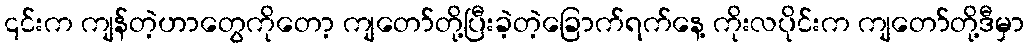
၎င်းက ကျန်တဲ့ဟာတွေကိုတော့ ကျတော်တို့ပြီးခဲ့တဲ့ခြောက်ရက်နေ့ ကိုးလပိုင်းက ကျတော်တို့ဒီမှာ